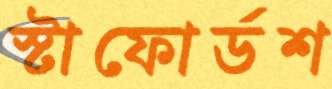
স্টাফোর্ডশ